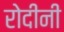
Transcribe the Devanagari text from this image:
रोदीनी